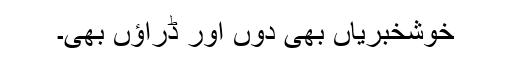
خوشخبریاں بھی دوں اور ڈراؤں بھی۔